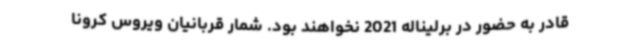
قادر به حضور در برلیناله 2021 نخواهند بود. شمار قربانیان ویروس کرونا